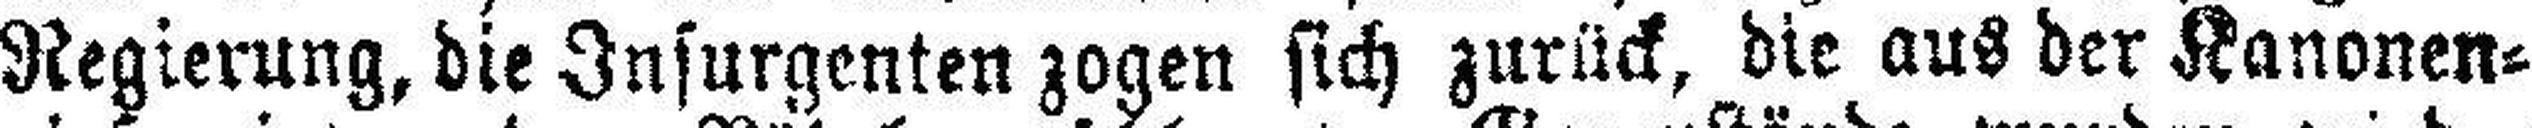
Regierung, die Insurgenten zogen sich zurück, die aus der Kanonen¬